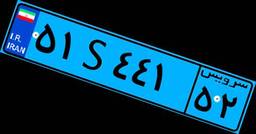
۷۵S۲۵۹۸۴